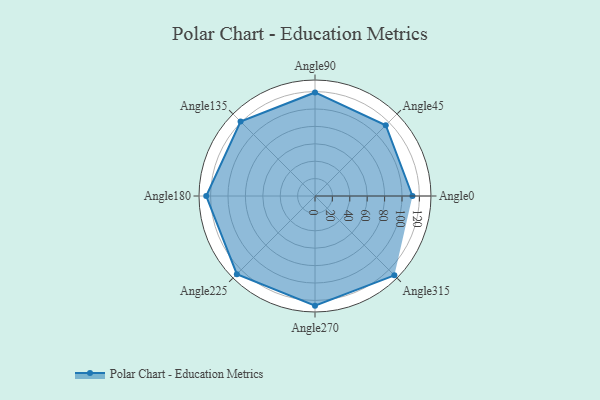
{"axis": {"x": "Angle", "y": "Radius"}, "legend": [""], "data": [{"x": "Angle0", "y": 112.0, "type": ""}, {"x": "Angle45", "y": 115.0, "type": ""}, {"x": "Angle90", "y": 119.0, "type": ""}, {"x": "Angle135", "y": 121.0, "type": ""}, {"x": "Angle180", "y": 125.0, "type": ""}, {"x": "Angle225", "y": 127.0, "type": ""}, {"x": "Angle270", "y": 126.0, "type": ""}, {"x": "Angle315", "y": 129.0, "type": ""}]}